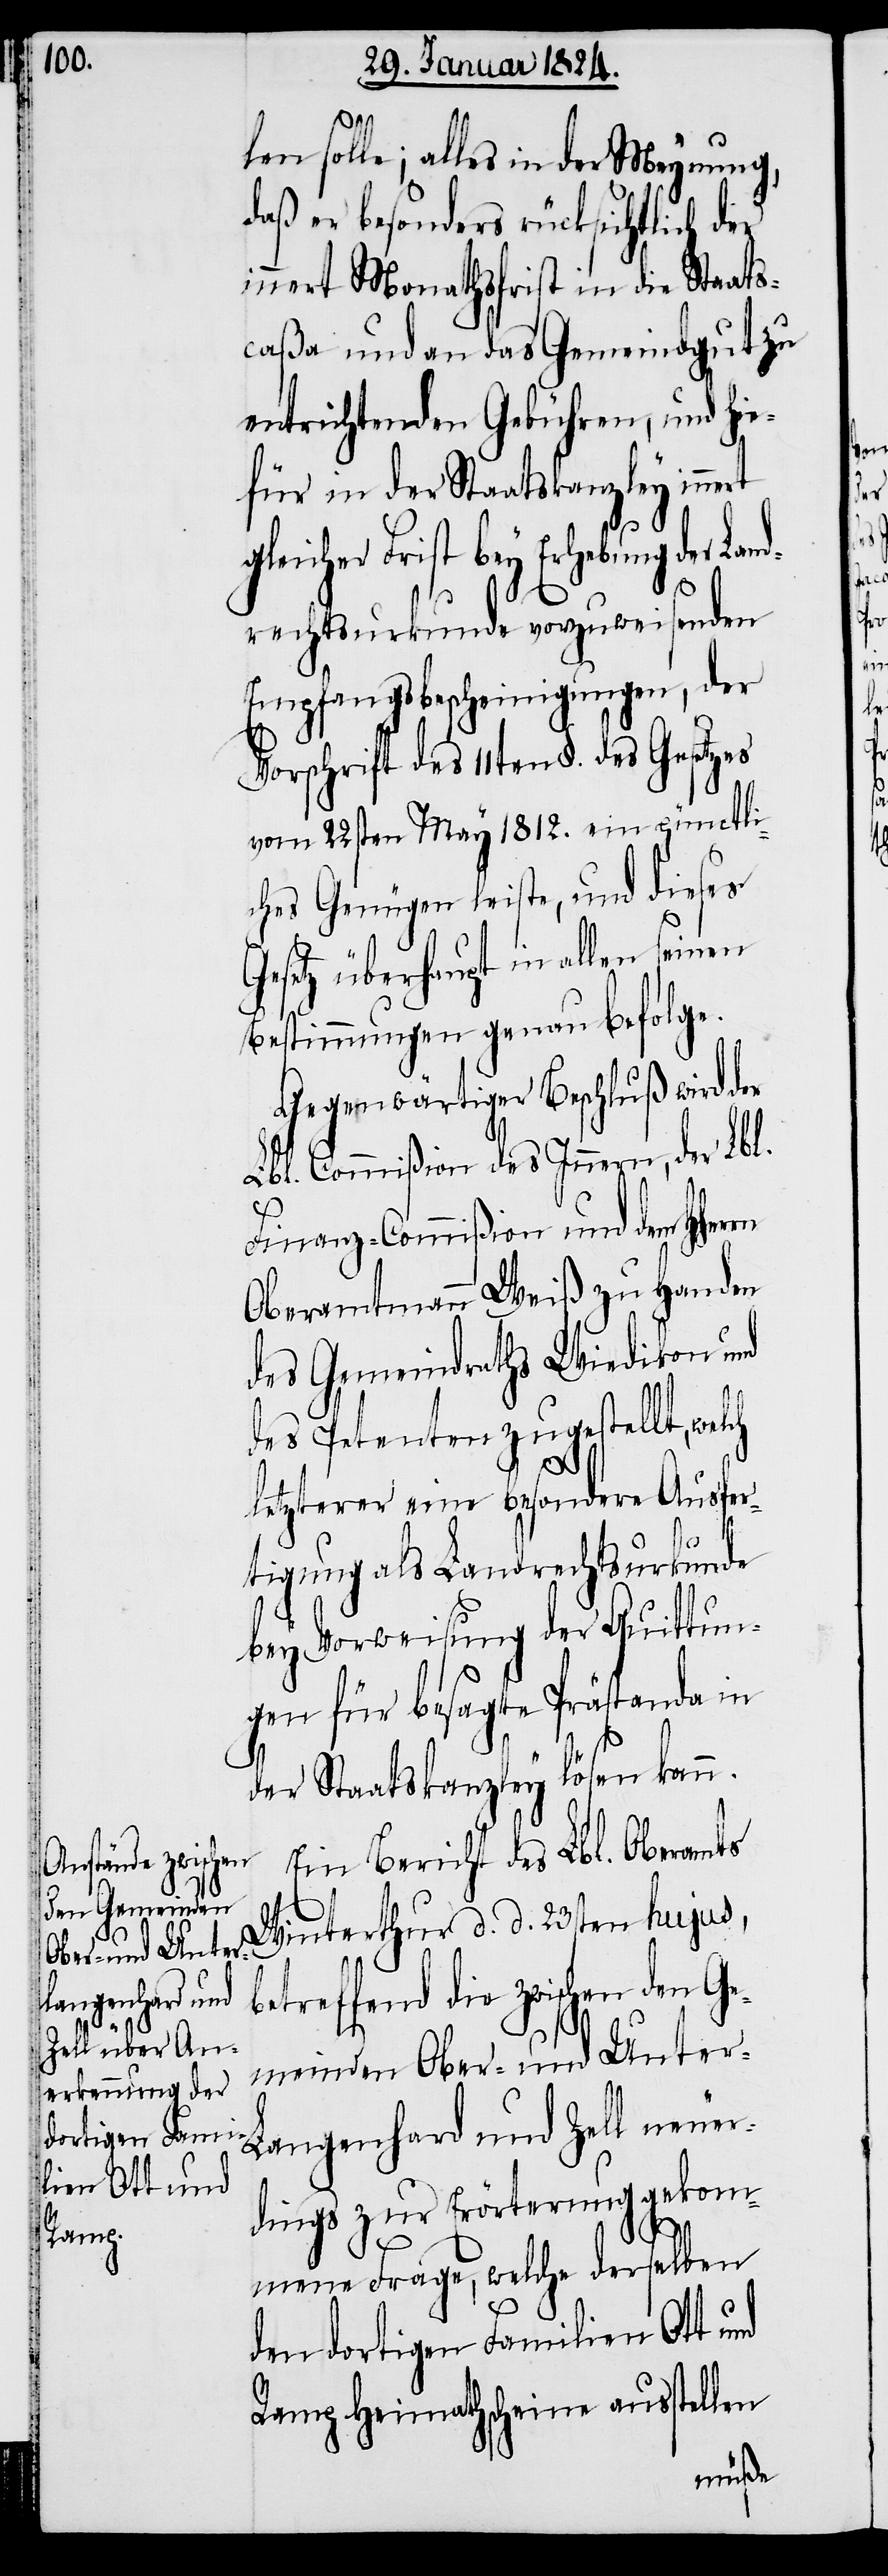
len solle; alles in der Meynung,
daß er besonders rücksichtlich der
innert Monathsfrist in die Staats¬
caßa und an das Gemeindgut zu
entrichtenden Gebühren, und hie¬
für in der Staatskanzley innert
gleicher Frist bey Erhebung der Lan¬
drechtsurkunde vorzuweisenden
Empfangsbescheinigungen, der
Vorschrift des 11ten §. des
vom 22sten May 1812. ein pünctli¬
ches Genügen leiste, und dieses
Gesetz überhaupt in allen seinen
Bestimmungen genau befolge.
Gegenwärtiger Beschluß wird der
Lbl. Commißion des Innern, der Lbl.
Finanz-Commißion und dem HHerrn
Oberamtmann Weiß zu Handen
des Gemeindraths Wiedikon und
des Petenten zugestellt, welch
letzterer eine besondere Ausfer¬
tigung als Landrechtsurkunde
bey Vorweisung der Quittun¬
gen für besagte Prästanda in
der Staatskanzley lösen kann.
Ein Bericht des Lbl. Oberamts
Winterthur d. d. 23sten hujus,
betreffend die zwischen den Ge¬
meinden Ober- und Unter-L¬
angenhard und Zell neuer¬
dings zur Erörterung gekom¬
mene Frage, welche derselben
den dortigen Familien Ott und
Ramp Heimathscheine ausstellen